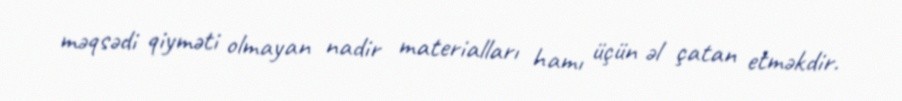
məqsədi qiyməti olmayan nadir materialları hamı üçün əl çatan etməkdir.